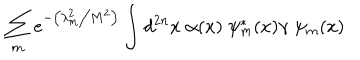
LaTeX: \sum _ { m } e ^ { - \left( \lambda _ { m } ^ { 2 } \big / M ^ { 2 } \right) } \int d ^ { 2 n } x \; \alpha ( x ) \; \psi _ { m } ^ { * } ( x ) \gamma \; \psi _ { m } ( x )